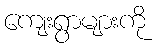
ကျေးရွာများကို